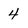
Character: 4